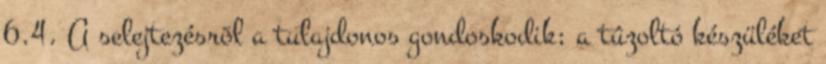
6.4. A selejtezésrõl a tulajdonos gondoskodik; a tûzoltó készüléket